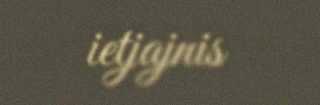
ietjajnis